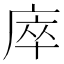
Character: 𢈼